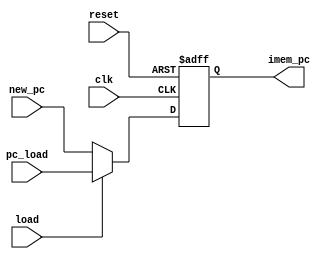
module pc(
  output [31:0]	imem_pc,
  input clk, reset, load,
  input [31:0] new_pc, pc_load
);
  reg [31:0] imem_instruction;
  assign imem_pc = imem_instruction;
  initial begin
	imem_instruction <= 32'b0;
  end
  always @(posedge clk, posedge reset) begin
	if(reset == 1'b1) imem_instruction <= 32'b0;
	else if(load == 1'b1) imem_instruction <= pc_load;
	else imem_instruction <= new_pc;
  end

endmodule